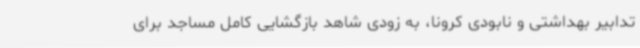
تدابیر بهداشتی و نابودی کرونا، به زودی شاهد بازگشایی کامل مساجد برای